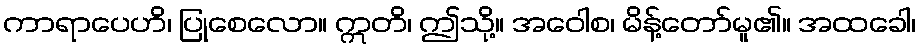
ကာရာပေဟိ၊ ပြုစေလော။ ဣတိ၊ ဤသို့။ အဝေါစ၊ မိန့်တော်မူ၏။ အထခေါ၊